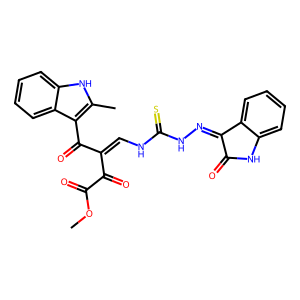
SMILES: COC(=O)C(=O)C(=CNC(=S)NN=C1C(=O)Nc2ccccc21)C(=O)c1c(C)[nH]c2ccccc12
Inhibits HIV replication: No